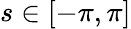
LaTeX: s\in\left[-\pi,\pi\right]